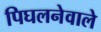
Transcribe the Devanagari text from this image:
पिघलनेवाले